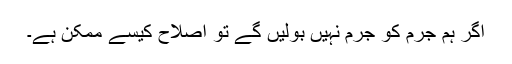
اگر ہم جرم کو جرم نہیں بولیں گے تو اصلاح کیسے ممکن ہے۔